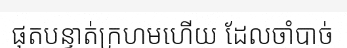
ផុតបន្ទាត់ក្រហមហើយ ដែលចាំបាច់